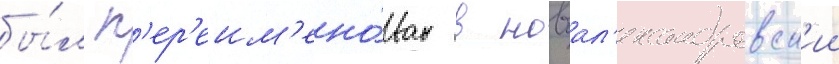
бы́л п'ер'еим'ено́ван в новоал'ександровск'ии